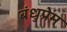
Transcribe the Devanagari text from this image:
बंधुप्रेम